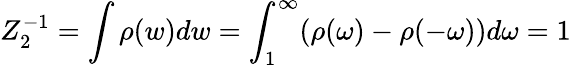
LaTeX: Z_{2}^{-1}=\int\rho(w)dw=\int_{1}^{\infty}(\rho(\omega)-\rho(-\omega))d\omega=1